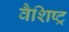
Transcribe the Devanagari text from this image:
वैशिष्ट्र